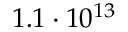
1 . 1 \cdot 1 0 ^ { 1 3 }